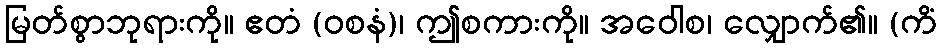
မြတ်စွာဘုရားကို။ ဧတံ (ဝစနံ)၊ ဤစကားကို။ အဝေါစ၊ လျှောက်၏။ (ကိံ